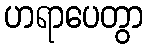
ဟရာပေတွာ